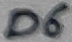
Text: D6